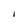
Character: I